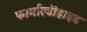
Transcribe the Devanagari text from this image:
फार्माल्डीहाइड